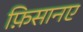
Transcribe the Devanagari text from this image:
फ़िसानए